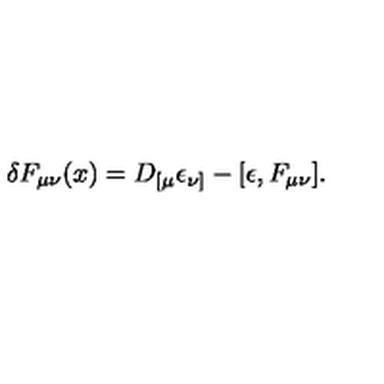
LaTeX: \delta F _ { \mu \nu } ( x ) = D _ { [ \mu } \epsilon _ { \nu ] } - [ \epsilon , F _ { \mu \nu } ] .